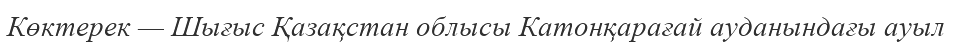
Көктерек — Шығыс Қазақстан облысы Катонқарағай ауданындағы ауыл